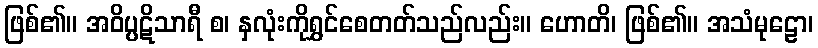
ဖြစ်၏။ အဝိပ္ပဋိသာရီ စ၊ နှလုံးကိုရွှင်စေတတ်သည်လည်း။ ဟောတိ၊ ဖြစ်၏။ အသံမုဠော၊